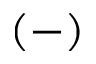
( - )